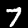
Digit: 7